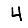
Digit: 4